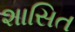
શાસિત